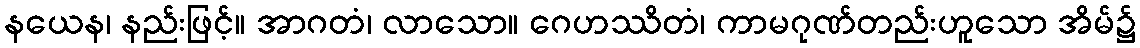
နယေန၊ နည်းဖြင့်။ အာဂတံ၊ လာသော။ ဂေဟဿိတံ၊ ကာမဂုဏ်တည်းဟူသော အိမ်၌